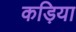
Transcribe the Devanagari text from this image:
कड़िया